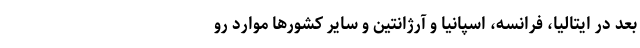
بعد در ایتالیا، فرانسه، اسپانیا و آرژانتین و سایر کشورها موارد رو